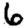
Digit: 6